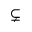
\subsetneq